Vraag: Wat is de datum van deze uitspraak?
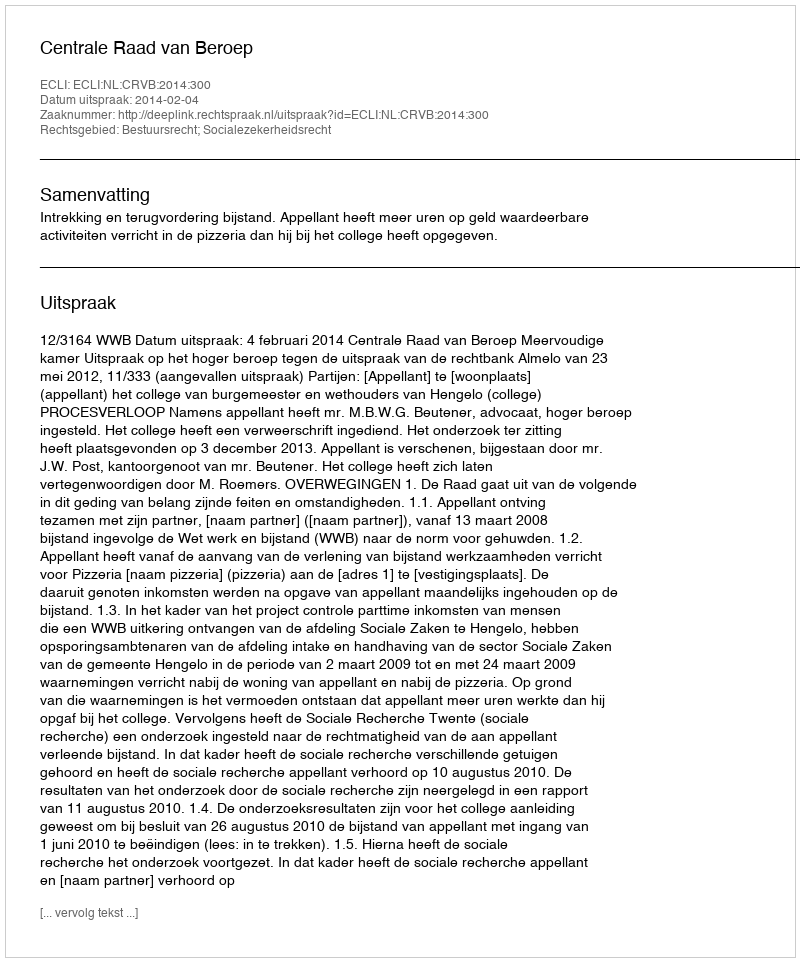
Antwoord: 2014-02-04